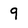
Character: 9